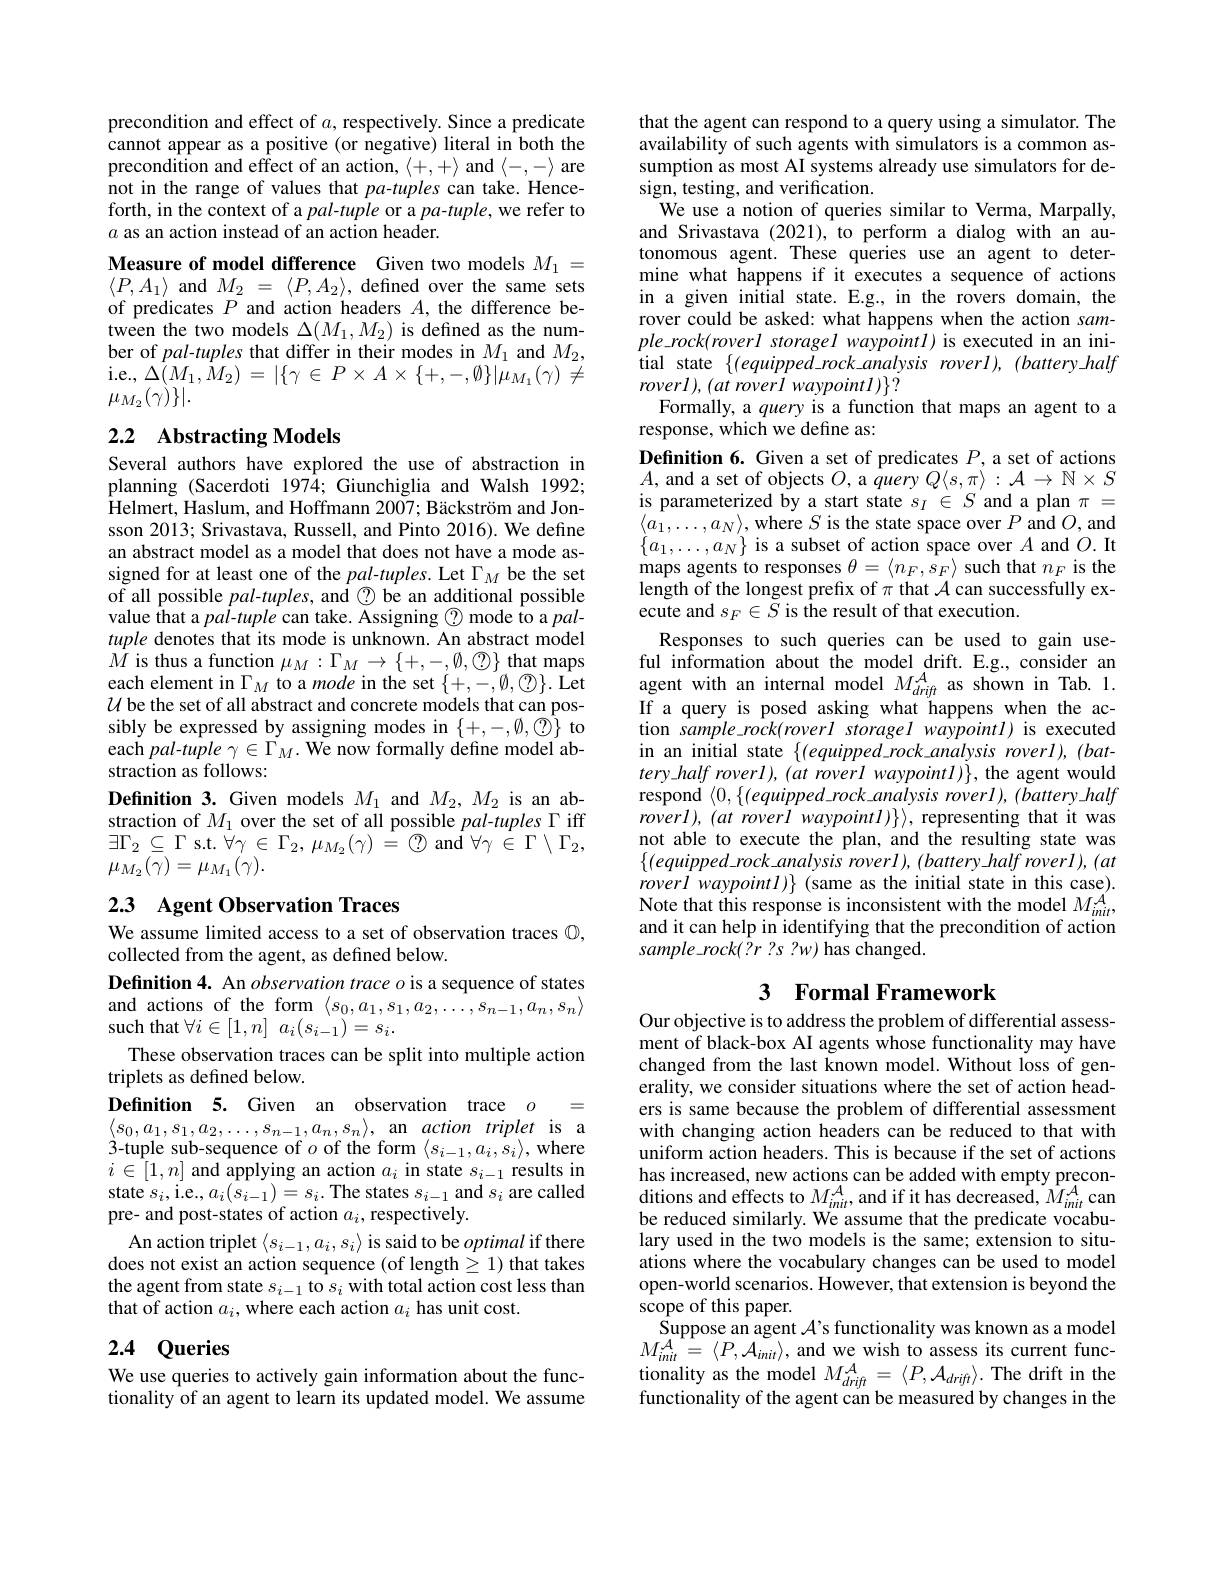
precondition and effect of $a$, respectively. Since a predicate cannot appear as a positive (or negative) literal in both the precondition and effect of an action, $\langle+,+\rangle$ and $\langle-,-\rangle$ are not in the range of values that pa-tuples can take. Henceforth, in the context of a pal-tuple or a pa-tuple, we refer to $a$ as an action instead of an action header.

Measure of model difference Given two models $M_1=$ $\langle P,A_{1}\rangle$ and$M_{2}$ = $\langle P, A_{2}\rangle $, defined over the same sets of predicates $P$ and action headers $A$, the difference between the two models $\Delta(M_1,M_2)$ is defined as the number of pal-tuples that differ in their modes in $M_1$ and $M_2$, $\begin{array}{l}{\mathrm{i.e.,~}\Delta(M_{1},\hat{M}_{2})~=~|\{\gamma~\in~P\times~A~\times~\{+,-,\emptyset\}|\bar{\mu}_{M_{1}}(\gamma)~\neq}\\{\mu_{M_{2}}(\gamma)\}|.}\end{array}$

## 2.2 $\textbf{Abstracting Models}$

Several authors have explored the use of abstraction in planning (Sacerdoti 197$\hat{4};$ Giunchiglia and Walsh 1992; Helmert, Haslum, and Hoffmann $2007; \text{B\"{a} ckstr\"{o} m and Jon- }$ sson 2013; Srivastava, Russell, and Pinto 2016). We define an abstract model as a model that does not have a mode assigned for at least one of the pal-tuples. Let $\Gamma_M$ be the set of all possible $pal-tuples$, and $\textcircled{2}$ be an additional possible value that a $pal-tuple$ can take. Kssigning $\textcircled{2}$ mode to a $pal-$ tuple denotes that its mode is unknown. An abstract model $\dot{M}$ is thus a function $\mu_M:\Gamma_M\to\{+,-,\emptyset,\textcircled {?}\}$ that maps each element in $\Gamma_M$ to a mode in the set $\{+,-,\emptyset,\textcircled{\mathbb{O}}\}.$ Let $U$ be the set of all abstract and concrete models that can possibly be expressed by assigning modes in $\{+,-,\emptyset,\textcircled{\mathbb{T}}\}$ to each $pal-tu\hat{pl}e\gamma\in\Gamma_{M}.$ We now formally define model abstraction as follows:
Definition 3. Given models $M_1$ and $M_2,M_2$ is an abstraction of $M_1$ over the set of all possible $pal-tuples\Gamma$ iff $\exists\Gamma_{2}\subseteq\Gamma$ s.t. $\forall\gamma\in\Gamma_2,\mu_{M_{2}}(\gamma)=\textcircled{2}$ and $\forall\gamma\in\Gamma\setminus\Gamma_{2}$, $\mu_{M_2}(\gamma)=\mu_{M_1}(\gamma).$

# 2.3 Agent Observation Traces

We assume limited access to a set of observation traces $\mathbb{O}$,
collected from the agent, as defined below.
Definition 4. An observation trace o is a sequence of states and actions of the form $\langle s_0,a_1,s_1,a_2,\ldots,s_{n-1},a_n,s_n\rangle$ such that $\forall i\in [ 1, n]$ $a_i( s_{i- 1}) = s_i.$
These observation traces can be split into multiple action
triplets as defined below.
Definition 5. Given an observation trace $o$ = $\langle s_0,a_1,s_1,a_2,\ldots,s_{n-1},a_n,s_n\rangle$, an action triplet is a 3-tuple sub-sequence of $o$ of the form $\langle s_i-1,a_i,s_i\rangle$,where $i\in[1,n]$ and applying an action $a_i$ in state $s_i-1$ results in state $s_i$,i.e$.,a_i(s_{i-1})=s_i.$ The states $s_i-1$ and $s_i$ are called pre- and post-states of action $a_i$,respectively.
An action triplet $\langle s_i-1,a_i,s_i\rangle$ is said to be optimal if there does not exist an action sequence (of length$\geq1)$ that takes the agent from state $s_i-1$ to $s_i$ with total action cost less than that of action $a_i$, where each action $a_i$ has unit cost.

## 2.4 Queries

We use queries to actively gain information about the functionality of an agent to learn its updated model. We assume

that the agent can respond to a query using a simulator. The availability of such agents with simulators is a common assumption as most AI systems already use simulators for design, testing, and verification.
We use a notion of queries similar to Verma, Marpally, and Srivastava (2021), to perform a dialog with an autonomous agent. These queries use an agent to determine what happens if it executes a sequence of actions in a given initial state. E.g., in the rovers domain, the rover could be asked: what happens when the action sam- $ple\_ rock( roverl\_ storagel$ $waypointl)$ is executed in an initial state $\{(equipped\_rock\_analysis~roverl),(battery\_half$ $roverl) , ( at\textit{roverl waypoint}l) \} ?$
Formally, a query is a function that maps an agent to a

## response, which we define as:

Definition 6. Given a set of predicates $P$, a set of actions $A$, and a set of objects $O$, a $\hat{q}$uery $Q\langle s,\pi\rangle:\mathcal{A}\to\mathbb{N}\times S$ is parameterized by a start state $s_I\in S$ and a plan $\pi=$ $\langle a_{1},\ldots,a_{N}\rangle$, where $S$ is the state space over $P$ and $O$,and $\{a_{1},\ldots,a_{N}\}$ is a subset of action space over $A$ and $O.$It maps agents to responses $\theta=\langle n_F,\hat{s}_F\rangle$ such that $n_F$ is the length of the longest prefix of $\pi$ that $\mathcal{A}$ can successfully execute and $s_F\in\bar{S}$ is the result of that execution.
Responses to such queries can be used to gain useful information about the model drift. E.g., consider an agent with an internal model $M_{drift}^{A}$ as shown in Tab.1. If a query is posed asking what happens when the action sample\_rock(roverl storagel waypointl) is executed in an initial state $\{(equipped\_rock\_analysis~roverl),(bat-1)$ $tery\_half roverl), (at roverl waypointI)\}, the agent would$ respond $\langle0,\{(equipped\_rock\_analysis~roverl),(battery\_half$ $roverl),(at$ roverl waypoint$l)\}\rangle$, representing that it was not able to execute the plan, and the resulting state was $\{ ( equipped\_ rock\_ analysis roverl) $, $( battery\_ half roverl) $, $( at$ roverl waypointl) (same as the initial state in this case). Note that this response is inconsistent with the model $M_{init}^{A}$, and it can help in identifying that the precondition of action $sample\_rock(?r ?s ?w) has changed.$

# 3 Formal Framework

Our objective is to address the problem of differential assessment of black-box AI agents whose functionality may have changed from the last known model. Without loss of generality, we consider situations where the set of action headers is same because the problem of differential assessment with changing action headers can be reduced to that with uniform action headers. This is because if the set of actions has increased, new actions can be added with empty preconditions and effects to $M_{init}^{A}$, and if it has decreased, $M_{init}^{A}$ can be reduced similarly. We assume that the predicate vocabulary used in the two models is the same; extension to situations where the vocabulary changes can be used to model open-world scenarios. However, that extension is beyond the scope of this paper.
Suppose an agent $\mathcal{A}$'s functionality was known as a model $M_{init}^{A}=\langle P,\mathcal{A}_{init}\rangle$,and we wish to assess its current functionality as the model $M_{drift}^{A}=\langle P,\mathcal{A}_{drift}\rangle.$ The drift in the functionality of the agent can be measured by changes in the